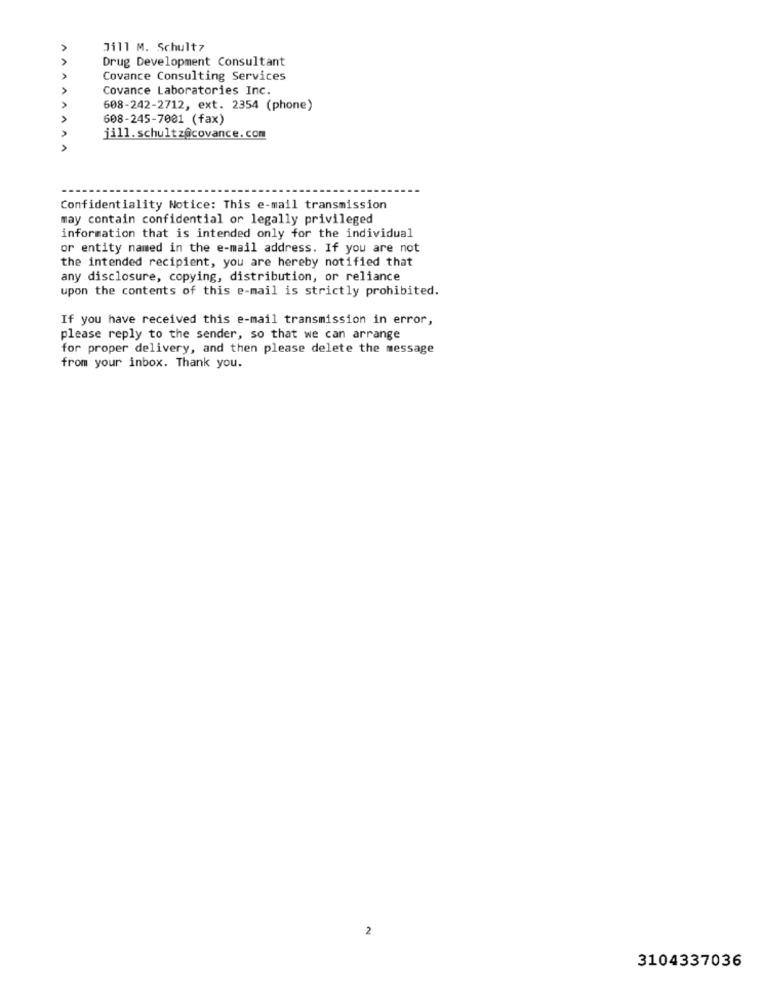
Jill M. Schultz
Drug Development Consultant
Covance Consulting Services
Covance Laboratories Inc.
608-242-2712, ext. 2354 (phone)
608-245-7001 (fax)
jill.schultz@covance. com
Confidentiality Notice: This e-mail transmission
may contain confidential or legally privileged
information that is intended only for the individual
or entity named in the e-mail address. If you are not
the intended recipient, you are hereby notified that
any disclosure, copying, distribution, or reliance
upon the contents of this e-mail is strictly prohibited.
If you have received this e-mail transmission in error,
please reply to the sender, so that we can arrange
for proper delivery, and then please delete the message
from your inbox. Thank you.
2
3104337036